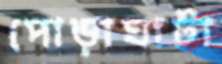
পোড়াঘাটা